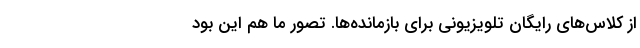
از کلاس‌های رایگان تلویزیونی برای بازمانده‌ها. تصور ما هم این بود